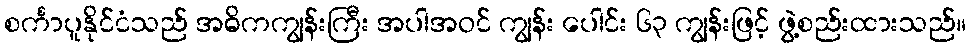
စင်္ကာပူနိုင်ငံသည် အဓိကကျွန်းကြီး အပါအဝင် ကျွန်း ပေါင်း ၆၃ ကျွန်းဖြင့် ဖွဲ့စည်းထားသည်။